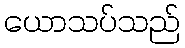
ယောသပ်သည်